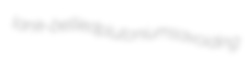
lank-bellied plutoniums avoiding